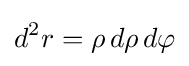
d^{2}r=\rho \,d\rho \,d\varphi